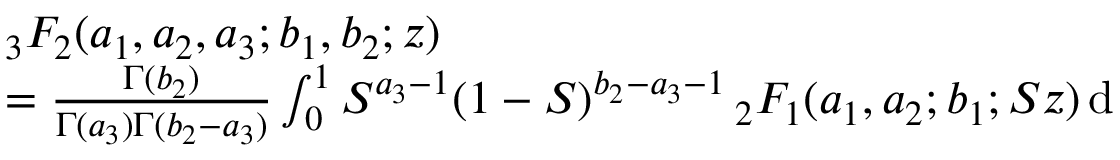
\begin{array} { r l } & { { _ 3 F _ { 2 } } ( a _ { 1 } , a _ { 2 } , a _ { 3 } ; b _ { 1 } , b _ { 2 } ; z ) } \\ & { = \frac { \Gamma ( b _ { 2 } ) } { \Gamma ( a _ { 3 } ) \Gamma ( b _ { 2 } - a _ { 3 } ) } \int _ { 0 } ^ { 1 } S ^ { a _ { 3 } - 1 } ( 1 - S ) ^ { b _ { 2 } - a _ { 3 } - 1 } \, { _ 2 F _ { 1 } } ( a _ { 1 } , a _ { 2 } ; b _ { 1 } ; S z ) \, \mathrm { d } } \end{array}